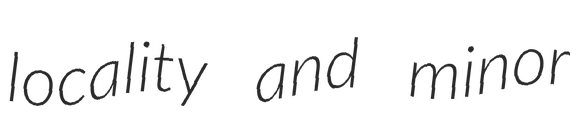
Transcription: locality and minor